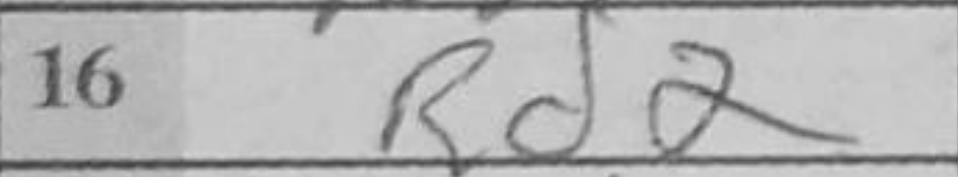
Transcription: Rd2